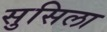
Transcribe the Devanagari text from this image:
सुसिला